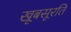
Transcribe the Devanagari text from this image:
खूबसूरति